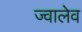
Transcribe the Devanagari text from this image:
ज्वालेव